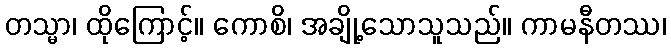
တသ္မာ၊ ထိုကြောင့်။ ကောစိ၊ အချို့သောသူသည်။ ကာမနီတဿ၊